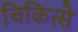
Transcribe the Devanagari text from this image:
चिकित्से